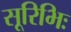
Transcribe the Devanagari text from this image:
सूरिभिः